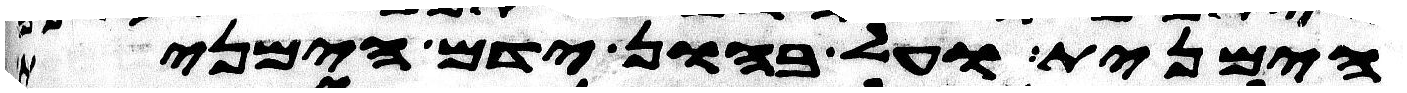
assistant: הימנית ועל בהון ידם הימנית